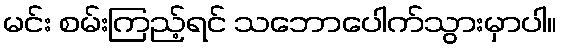
မင်း စမ်းကြည့်ရင် သဘောပေါက်သွားမှာပါ။